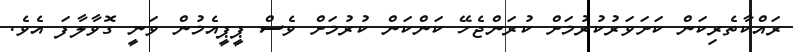
ރައްކާތެރިކަން ކަށަވަރުކުރުމަށް ކުރަންޖެހޭ ކަންކަން ކުރުމަށް ވެސް ޕީޕީއެމުން ވަނީ ގޮވާލާފަ އެވެ.